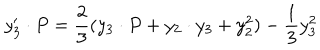
LaTeX: y _ { 3 } ^ { \prime } \cdot P = { \frac { 2 } { 3 } } ( y _ { 3 } \cdot P + y _ { 2 } \cdot y _ { 3 } + y _ { 2 } ^ { 2 } ) - { \frac { 1 } { 3 } } y _ { 3 } ^ { 2 }